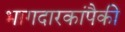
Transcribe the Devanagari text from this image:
भागदारकांपैकी